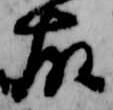
故